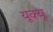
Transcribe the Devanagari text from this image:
यूक्यू